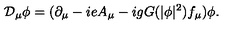
{ \cal D } _ { \mu } \phi = ( \partial _ { \mu } - i e A _ { \mu } - i g G ( | \phi | ^ { 2 } ) f _ { \mu } ) \phi .